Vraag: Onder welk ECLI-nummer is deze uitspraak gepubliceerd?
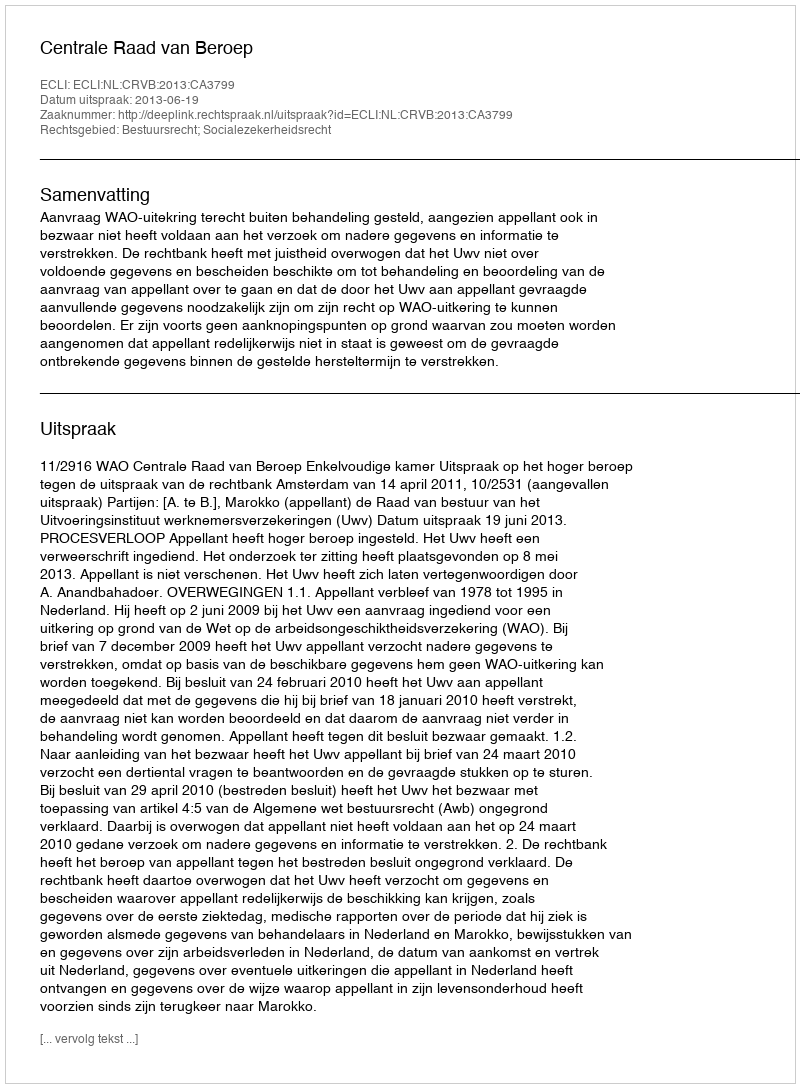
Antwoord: ECLI:NL:CRVB:2013:CA3799